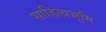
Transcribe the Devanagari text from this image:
साहित्यभूमि